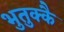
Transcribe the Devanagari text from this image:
भुतुक्कै